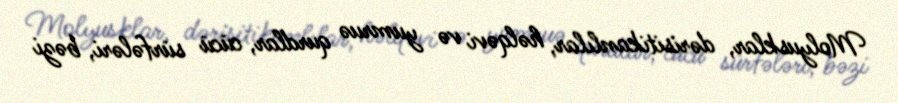
Molyusklar, dərisitikanlılar, həlqəvi və yumruə qurdlar, cücü sürfələri, bəzi